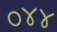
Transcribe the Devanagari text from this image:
०४४